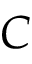
C